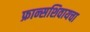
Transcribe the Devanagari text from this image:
फ्रान्सशिवायचा